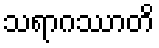
သရာဂဿာတိ